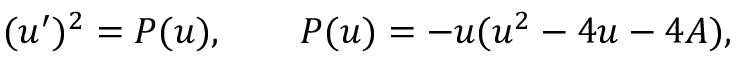
( u ^ { \prime } ) ^ { 2 } = P ( u ) , \qquad P ( u ) = - u ( u ^ { 2 } - 4 u - 4 A ) ,